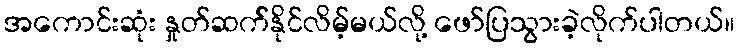
အကောင်းဆုံး နှုတ်ဆက််နိုင်လိမ့်မယ်လို့ ဖော်ပြသွားခဲ့လိုက်ပါတယ်။